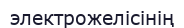
электрожелісінің